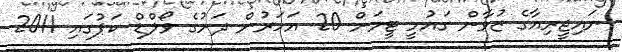
ނައިޖީރިއާގެ ޒުވާން ގައުމީ ޓީމަށް 20 އަހަރުން ދަށުގެ ވޯލްޑް ކަޕުގައި 2011